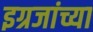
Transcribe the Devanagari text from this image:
इग्रजांच्या